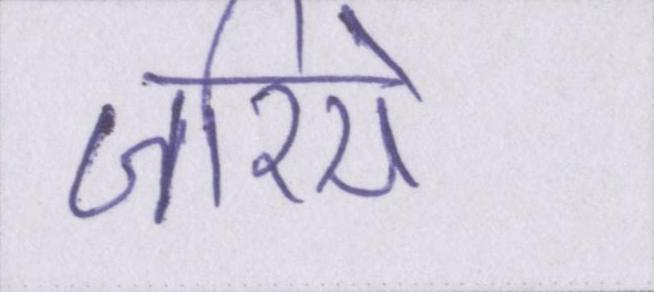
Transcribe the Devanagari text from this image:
जरिये